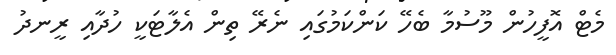
މެޓް އޮފީހުން މޫސުމާ ބެހޭ ކަންކަމުގައި ނެރޭ ތިން އެލާޓަކީ ހުދާއި ރީނދު